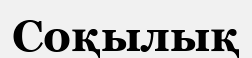
Соқылық